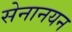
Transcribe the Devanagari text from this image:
सेनानयन